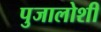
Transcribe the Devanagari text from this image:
पुजालोशी